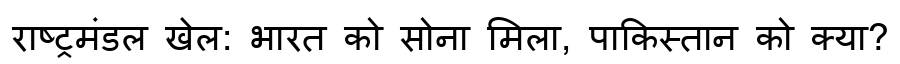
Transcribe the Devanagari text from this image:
राष्ट्रमंडल खेल: भारत को सोना मिला, पाकिस्तान को क्या?